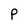
Character: P